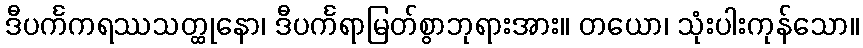
ဒီပင်္ကကရဿသတ္ထုနော၊ ဒီပင်္ကရာမြတ်စွာဘုရားအား။ တယော၊ သုံးပါးကုန်သော။